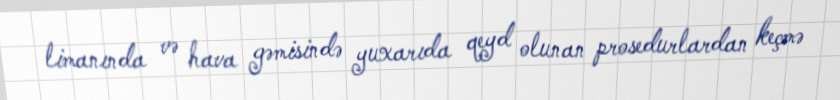
limanında və hava gəmisində yuxarıda qeyd olunan prosedurlardan keçmə